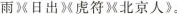
雨》《日出》《虎符》《北京人》。